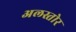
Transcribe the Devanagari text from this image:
अलस्तोर